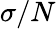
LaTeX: \sigma/N